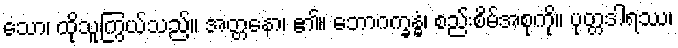
သော၊ ထိုသူကြွယ်သည်။ အတ္တနော၊ ၏။ ဘောဂက္ခန္ဓံ၊ စည်းစိမ်အစုကို။ ပုတ္တဒါရဿ၊